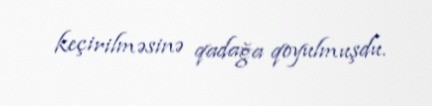
keçirilməsinə qadağa qoyulmuşdu.